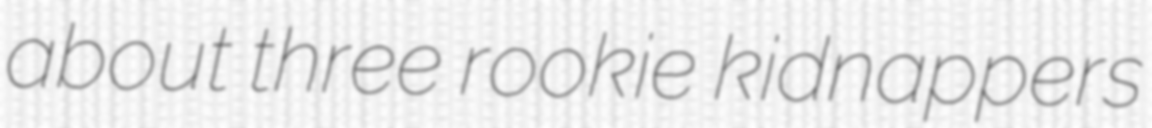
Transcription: about three rookie kidnappers